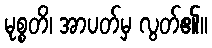
မုစ္စတိ၊ အာပတ်မှ လွတ်၏။